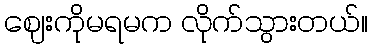
ဈေးကိုမရမက လိုက်သွားတယ်။